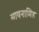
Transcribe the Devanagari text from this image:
सायनामिड